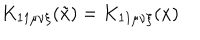
LaTeX: K _ { 1 1 \mu \nu \xi } ( \tilde { x } ) = K _ { 1 1 \mu \nu \xi } ( x )